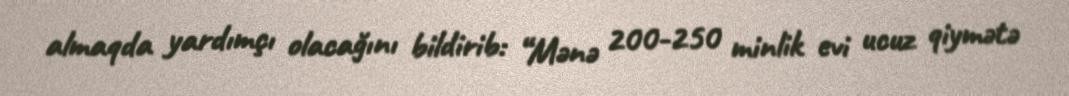
almaqda yardımçı olacağını bildirib: “Mənə 200-250 minlik evi ucuz qiymətə